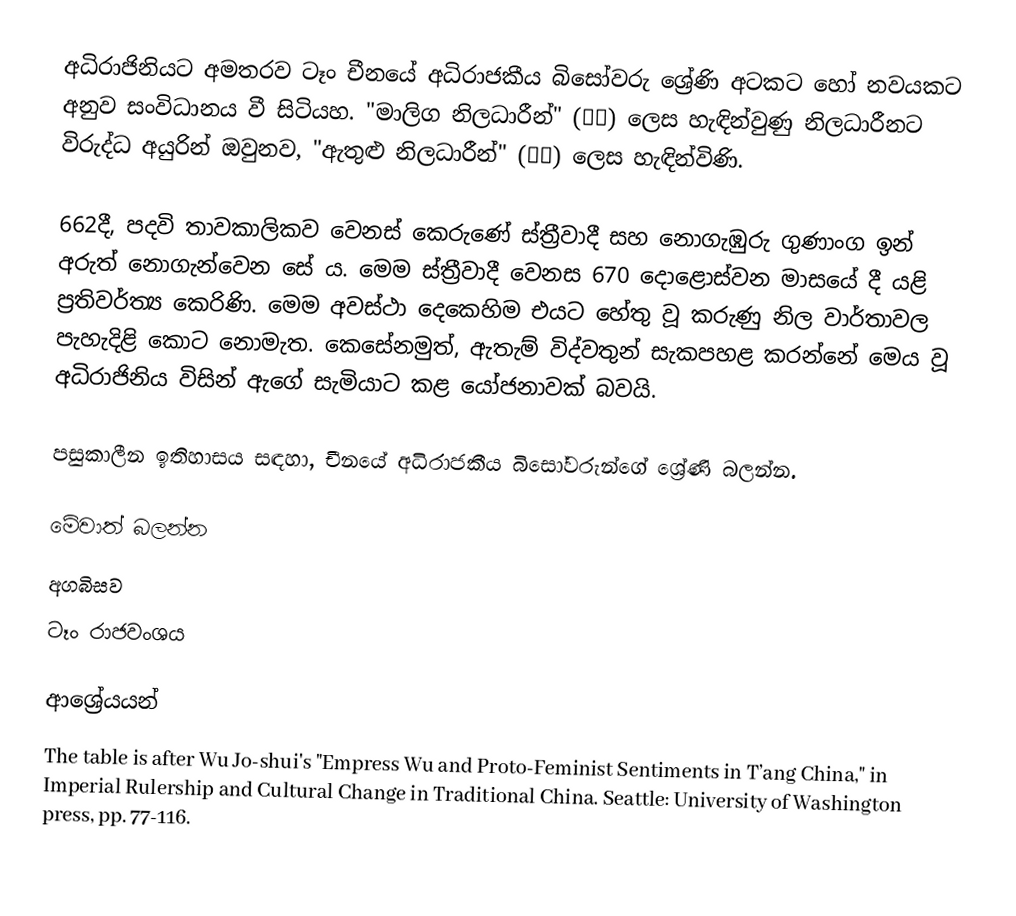
අධිරාජිනියට අමතරව ටෑං චීනයේ අධිරාජකීය ‍බිසෝවරු ශ්‍රේණි අටකට හෝ නවයකට අනුව සංවිධානය වී සිටියහ. "මාලිග නිලධාරීන්" (宮官) ලෙස හැඳින්වුණු නිලධාරීනට විරුද්ධ අයුරින් ඔවුනව, "ඇතුළු නිලධාරීන්" (內官) ලෙස හැඳින්විණි.

662දී, පදවි තාවකාලිකව වෙනස් කෙරුණේ ස්ත්‍රීවාදී සහ නොගැඹුරු ගුණාංග ඉන් අරුත් නොගැන්වෙන සේ ය. මෙම ස්ත්‍රීවාදී වෙනස 670 දොළොස්වන මාසයේ දී යළි ප්‍රතිවර්ත්‍ය කෙරිණි. මෙම අවස්ථා දෙකෙහිම එයට හේතු වූ කරුණු නිල වාර්තාවල පැහැදිළි කොට නොමැත. කෙසේනමුත්, ඇතැම් විද්වතුන් සැකපහළ කරන්නේ මෙය වූ අධිරාජිනිය විසින් ඇගේ සැමියාට කළ යෝජනාවක් බවයි.

පසුකාලීන ඉතිහාසය සඳහා, චීනයේ අධිරාජකීය බිසෝවරුන්ගේ ශ්‍රේණි බලන්න.

මේවාත් බලන්න
 අගබිසව
 ටෑං රාජවංශය

ආශ්‍රේයයන්
 The table is after Wu Jo-shui's "Empress Wu and Proto-Feminist Sentiments in T’ang China," in Imperial Rulership and Cultural Change in Traditional China. Seattle: University of Washington press, pp. 77-116.